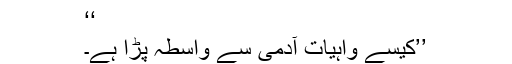
‘‘
’’کیسے واہیات آدمی سے واسطہ پڑا ہے۔